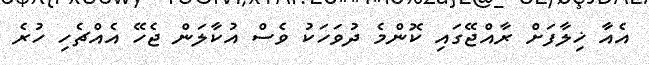
އެއާ ޚިލާފަށް ރާއްޖޭގައި ކޮންމެ ދުވަހަކު ވެސް އުކާލަން ޖެހޭ އެއްޗެހި ހުރެ